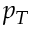
p _ { T }